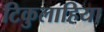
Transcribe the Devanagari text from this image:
टिकुलाहिया